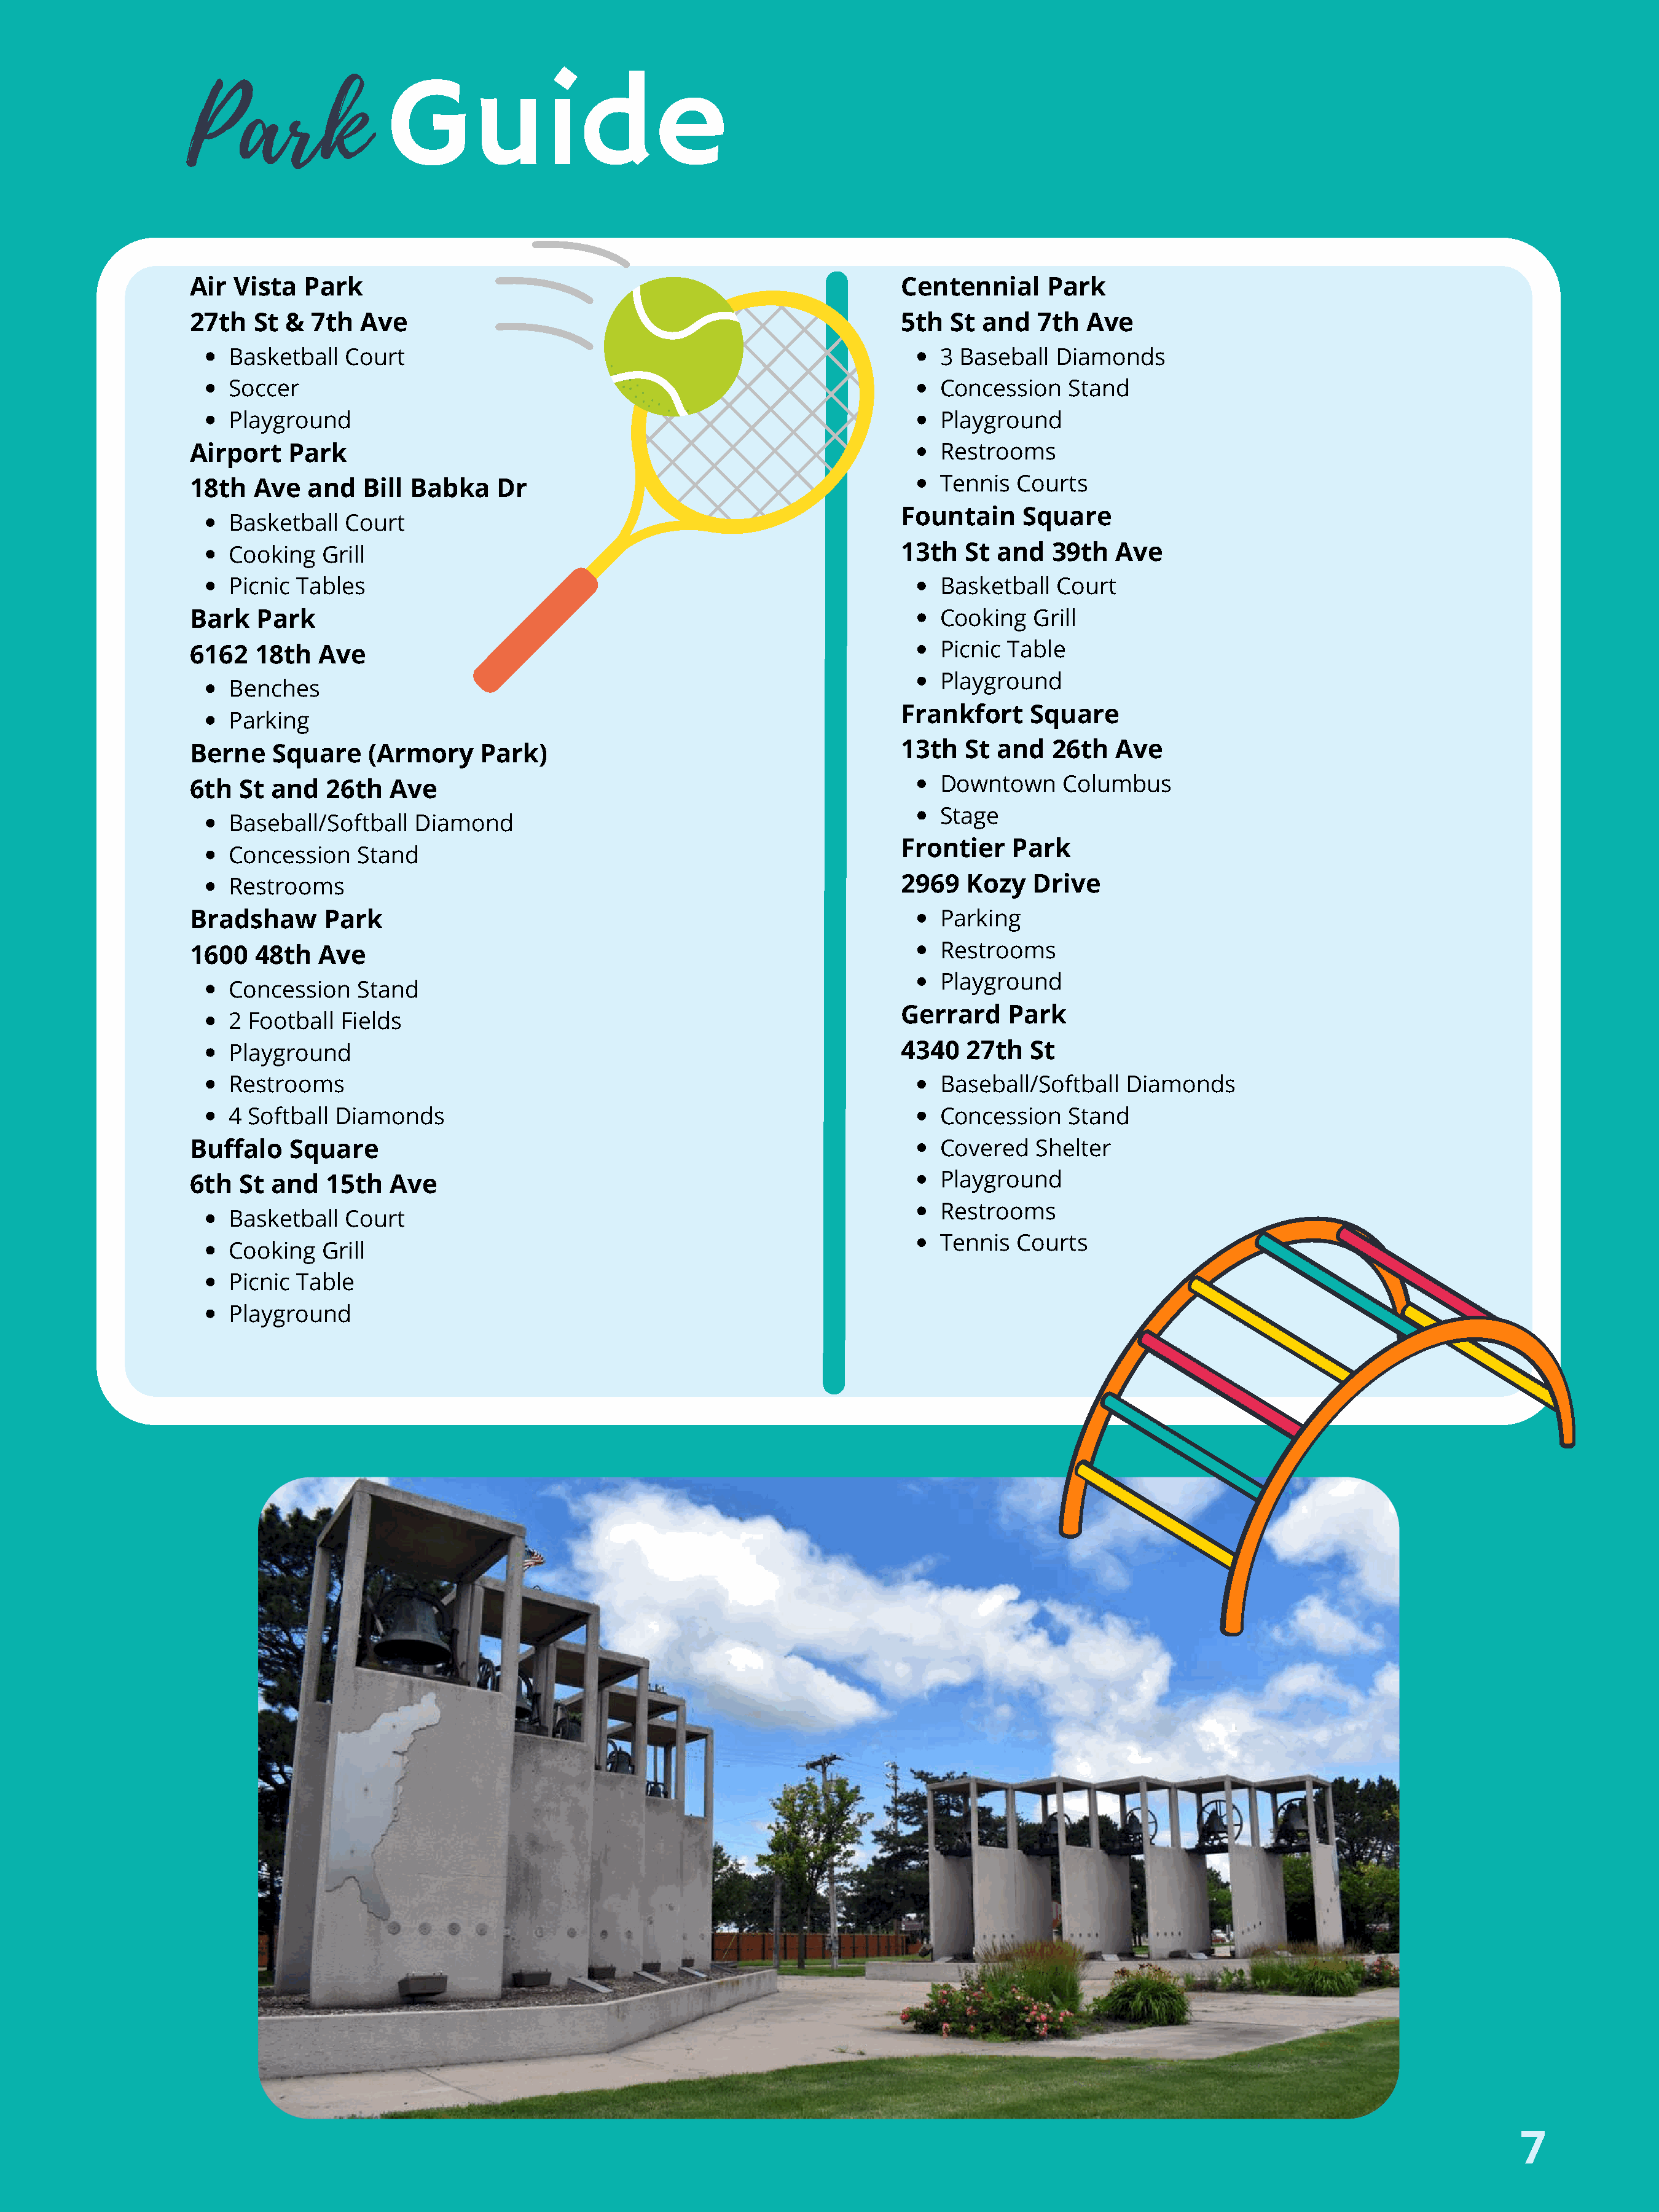
Park
 Guide
 Air  Vista   Park                                                            Centennial      Park
 27th   St  &  7th  Ave                                                       5th  St  and   7th  Ave
 Basketball  Court                                                           3 Baseball   Diamonds
 Soccer                                                                      Concession    Stand
 Playground                                                                  Playground
 Airport    Park                                                                  Restrooms
 Tennis   Courts
 18th   Ave   and   Bill Babka     Dr
 Fountain     Square
 Basketball  Court
 Cooking   Grill                                                         13th   St and   39th   Ave
 Picnic Tables                                                               Basketball   Court
 Bark    Park                                                                     Cooking   Grill
 Picnic  Table
 6162   18th   Ave
 Playground
 Benches
 Frankfort     Square
 Parking
 Berne    Square     (Armory     Park)                                        13th   St and   26th   Ave
 Downtown      Columbus
 6th   St and   26th   Ave
 Stage
 Baseball/Softball   Diamond
 Frontier    Park
 Concession   Stand
 Restrooms                                                               2969   Kozy   Drive
 Bradshaw       Park                                                              Parking
 Restrooms
 1600   48th   Ave
 Playground
 Concession   Stand
 Gerrard     Park
 2 Football  Fields
 Playground                                                              4340   27th   St
 Restrooms                                                                   Baseball/Softball   Diamonds
 4 Softball Diamonds                                                         Concession    Stand
 Buffalo    Square                                                                Covered    Shelter
 Playground
 6th   St and   15th   Ave
 Restrooms
 Basketball  Court
 Tennis   Courts
 Cooking   Grill
 Picnic Table
 Playground
 7